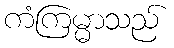
ကံကြမ္မာသည်